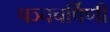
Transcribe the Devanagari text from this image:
पञ्चचर्षिणी